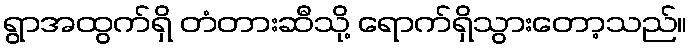
ရွာအထွက်ရှိ တံတားဆီသို့ ရောက်ရှိသွားတော့သည်။